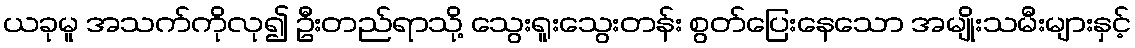
ယခုမူ အသက်ကိုလု၍ ဦးတည်ရာသို့ သွေးရူးသွေးတန်း စွတ်ပြေးနေသော အမျိုးသမီးများနှင့်